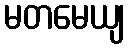
မတမေယျ